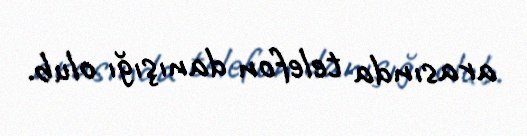
arasında telefon danışığı olub.